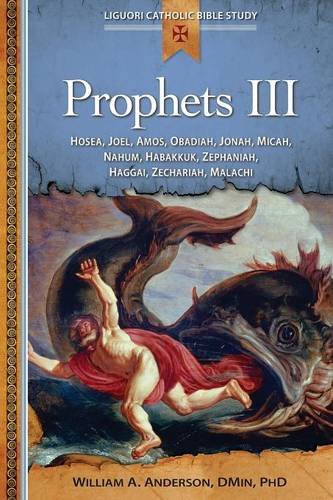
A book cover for Prophets III: Hosea, Joel, Amos, Obadiah, Jonah, Micah, Nahum, Habakkuk, Zephaniah, Haggai, Zechariah, Malachi (Prophets - Liguori Catholic Bible Study); William Anderson; Christian Books & Bibles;